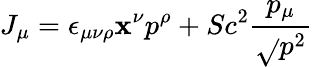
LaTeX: J_{\mu}=\epsilon_{\mu\nu\rho}\mathbf{x}^{\nu}p^{\rho}+Sc^{2}\frac{{p_{\mu}}}{{\sqrt{}{{p^{2}}}}}